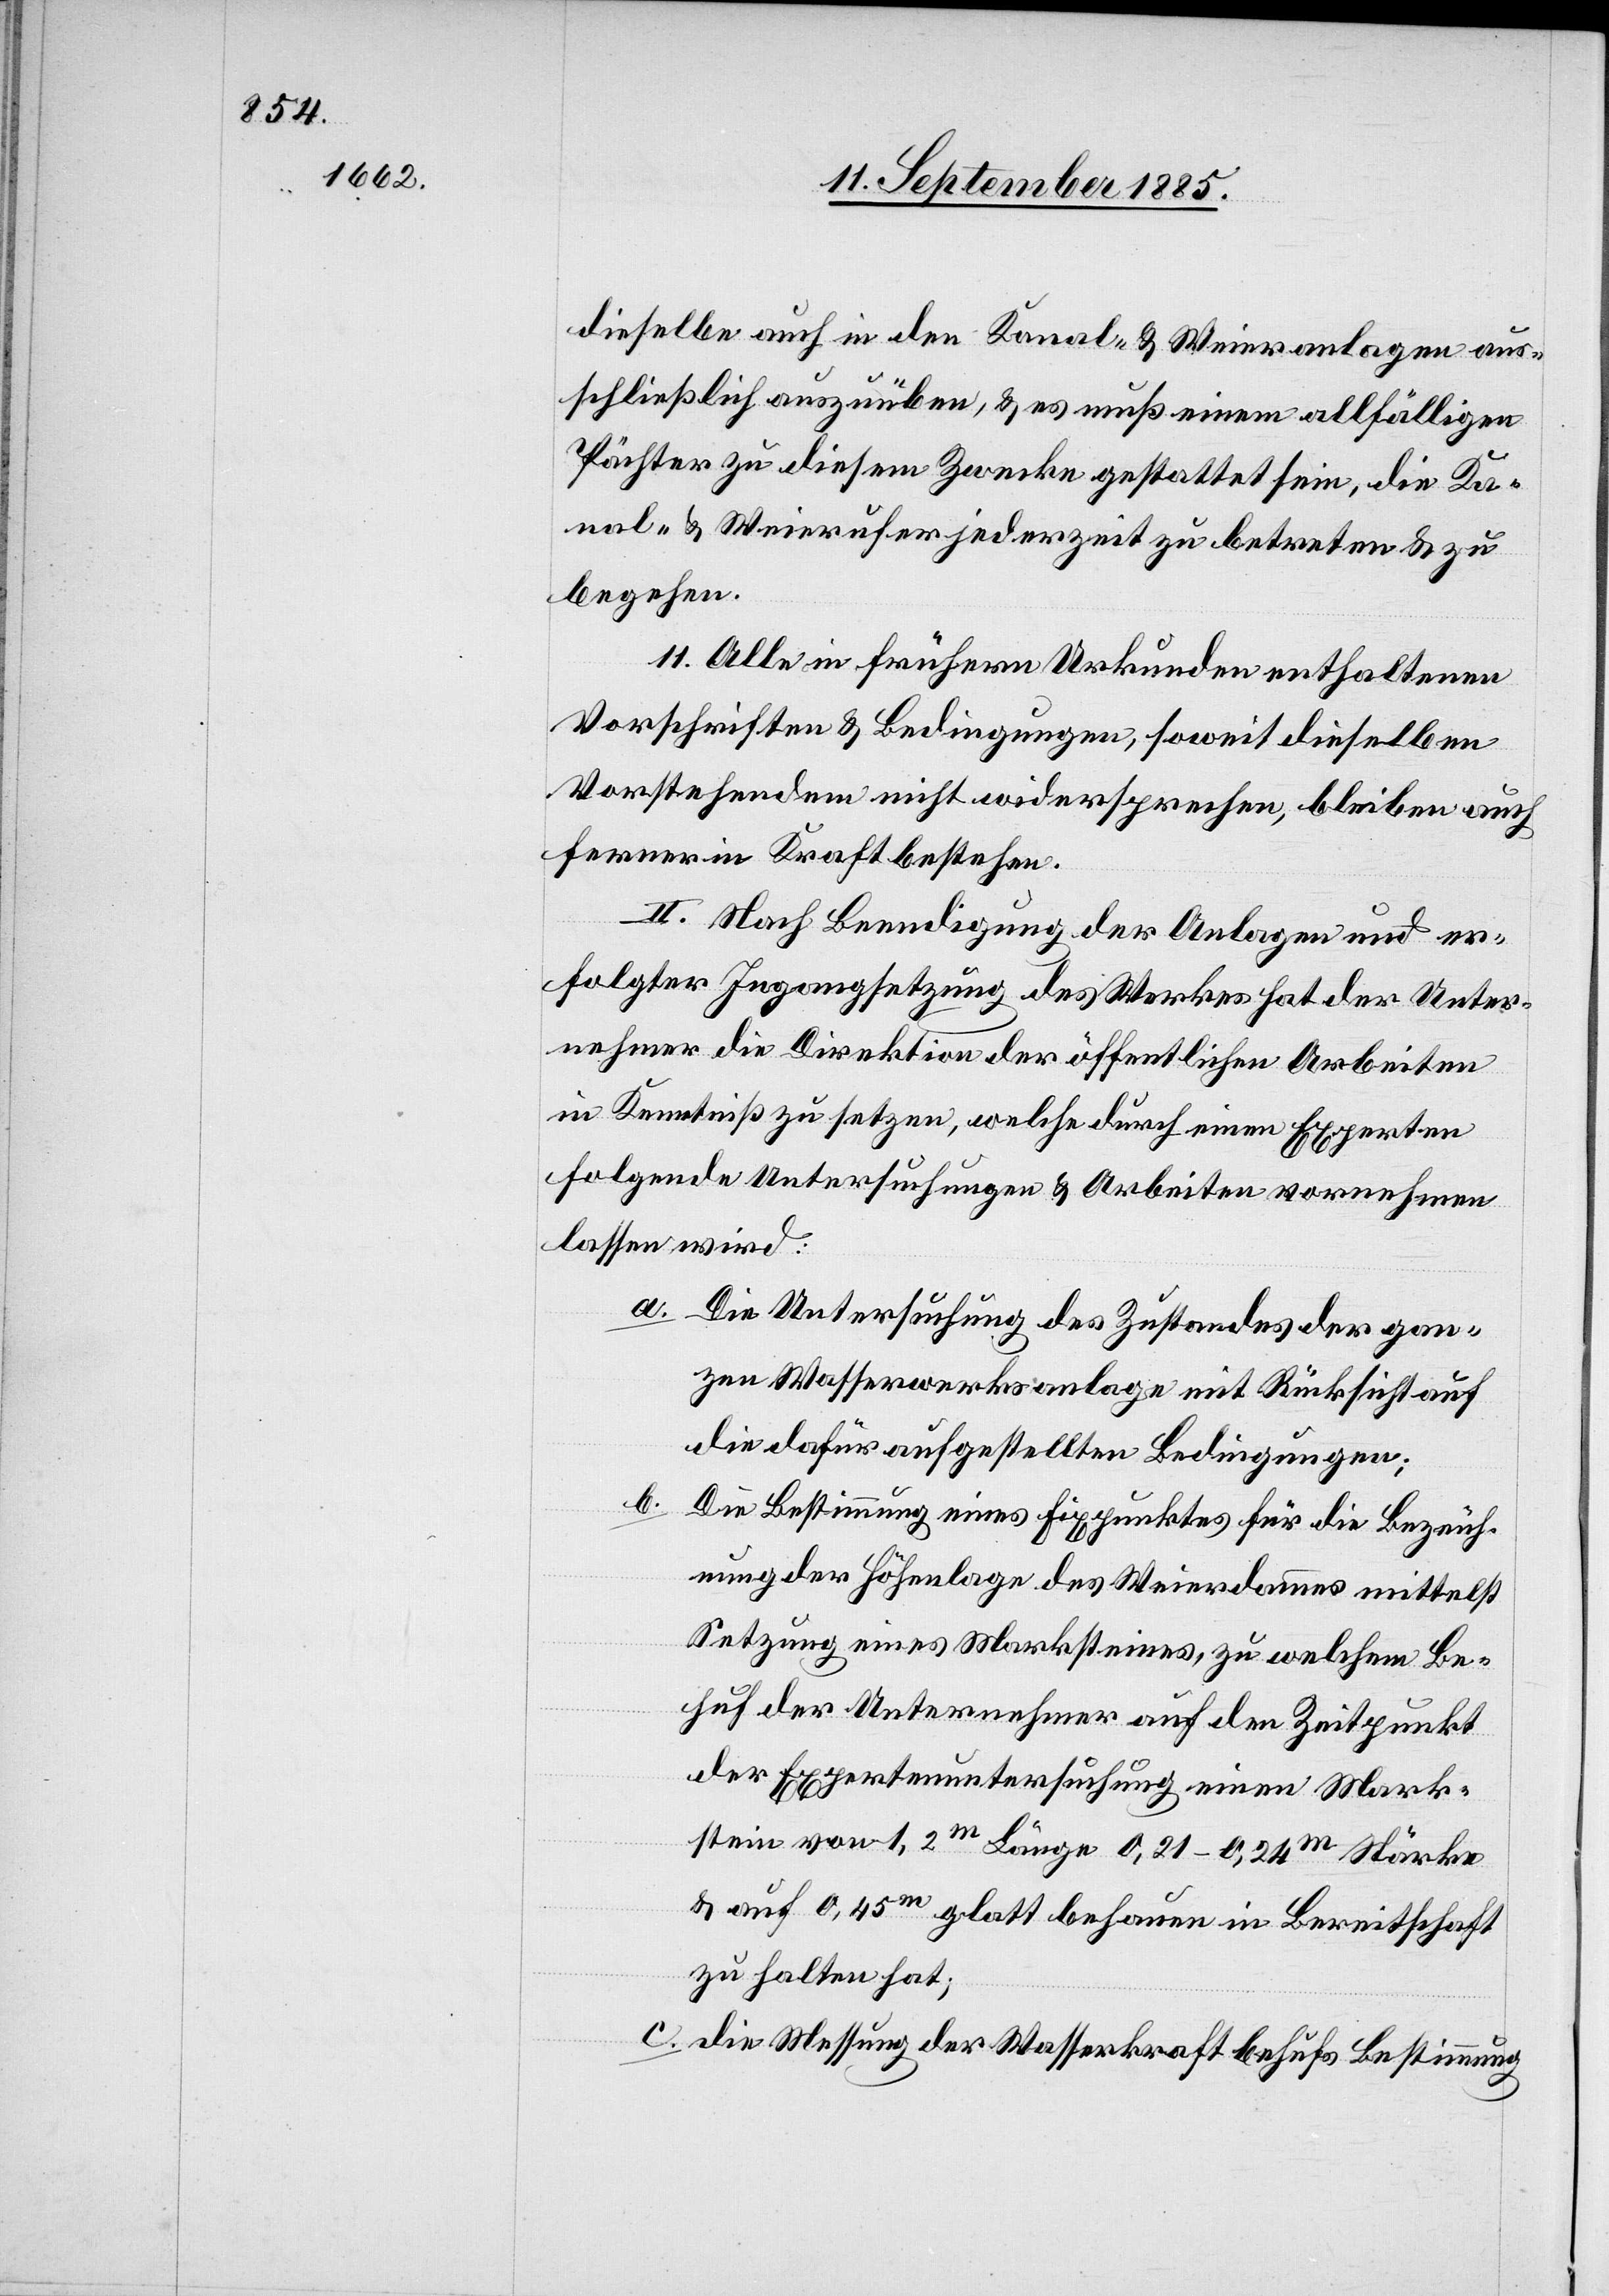
dieselbe auch in den Kanal- & Weieranlagen aus¬
schließlich auszuüben, & es muß einem allfälligen
Pächter zu diesem Zwecke gestattet sein, die Ka¬
nal- & Weierufer jederzeit zu betreten & zu
begehen.
11. Alle in frühern Urkunden enthaltenen
Vorschriften & Bedingungen, soweit dieselben
Vorstehendem nicht widersprechen, bleiben auch
ferner in Kraft bestehen.
II. Nach Beendigung der Anlagen und er¬
folgter Ingangsetzung des Werkes hat der Unter¬
nehmer die Direktion der öffentlichen Arbeiten
in Kenntniß zu setzen, welche durch einen Experten
folgende Untersuchungen & Arbeiten vornehmen
lassen wird:
a. Die Untersuchung des Zustandes der gan¬
zen Wasserwerksanlage mit Rücksicht auf
die dafür aufgestellten Bedingungen;
b.
Die Bestimmung eines Fixpunktes für die Bezeich¬
nung der Höhenlage des Weierdammes mittelst
Setzung eines Marksteines, zu welchem Be¬
huf der Unternehmer auf den Zeitpunkt
der Expertenuntersuchung einen Mark¬
stein von 1,2m Länge 0,21–0,24m Stärke
& auf 0,45m glatt behauen in Bereitschaft
zu halten hat;
c. die Messung der Wasserkraft behufs Bestimmung